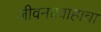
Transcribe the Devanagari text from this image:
जीवनप्रवाहाचा